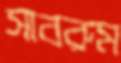
সাবরুম